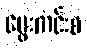
မွေးကင်းစ